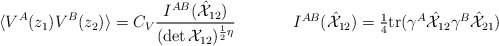
\begin{align*}\begin{array}{cc}\displaystyle{\langle V^{A}(z_{1})V^{B}(z_{2})\rangle =C_{V}\frac{I^{AB}(\hat{{\cal X}}_{12})}{(\det {\cal X}_{12})^{\frac{1}{2}\eta}}}~~~~&~~~~I^{AB}(\hat{{\cal X}}_{12})=\textstyle{\frac{1}{4}}\mbox{tr}(\gamma^{A}\hat{{\cal X}}_{12}\gamma^{B}\hat{{\cal X}}_{21})\end{array}\end{align*}